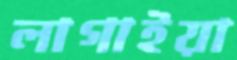
লাগাইয়া